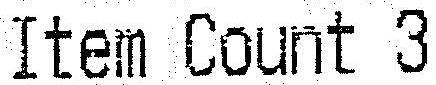
ITEM COUNT 3